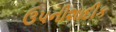
ઉપનીશાદીક